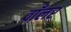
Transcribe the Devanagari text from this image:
वाँलर